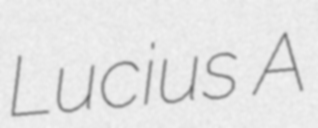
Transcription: Lucius A